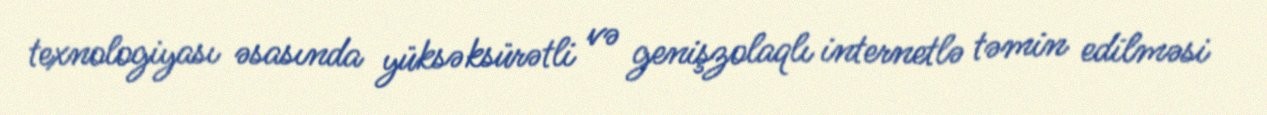
texnologiyası əsasında yüksəksürətli və genişzolaqlı internetlə təmin edilməsi